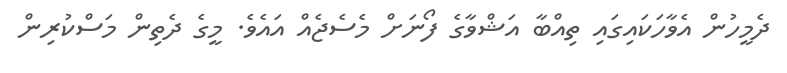
ދެމީހުން އެވާހަކައިގައި ތިއްބާ އަޝްވާގެ ފޯނަށް މެސެޖެއް އައެވެ. މީގެ ދެތިން މަސްކުރިން